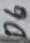
Text: D6